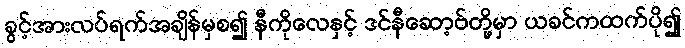
ခွင့်အားလပ်ရက်အချိန်မှစ၍ နီကိုလေနှင့် ဒင်နီဆော့ဗ်တို့မှာ ယခင်ကထက်ပို၍